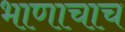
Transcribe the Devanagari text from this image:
भाणाचाच